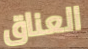
العناق